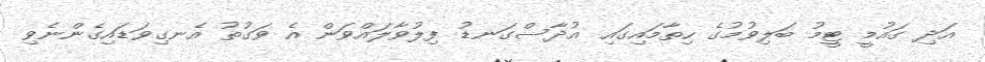
އަދި ގައުމީ ޓީމު ބަލިވުމުގެ ހިތާމައިގައި އުދާސްގަނޑު ފިލުވާލައްވަން އެ ވަގުތު އެނގިވަޑައިގެންނެވި